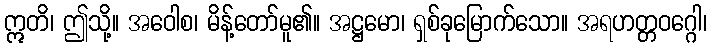
ဣတိ၊ ဤသို့။ အဝေါစ၊ မိန့်တော်မူ၏။ အဋ္ဌမော၊ ရှစ်ခုမြောက်သော။ အရဟတ္တဝဂ္ဂေါ၊